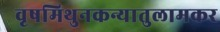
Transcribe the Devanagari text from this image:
वृषमिथुनकन्यातुलामकर